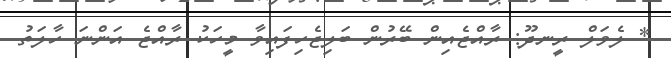
* ލެވަލް ރީނދޫ: ރާއްޖެއިން ބޭރުން ބަލިޖެހިފައިވާ މީހަކު ރާއްޖެ އަންނަ ހާލަތު